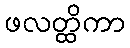
ဖလတ္ထိကာ